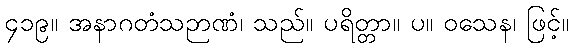
၄၁၉။ အနာဂတံသဉာဏံ၊ သည်။ ပရိတ္တာ။ ပ။ ဝသေန၊ ဖြင့်။